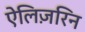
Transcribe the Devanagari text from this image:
ऐलिज़रिन